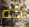
كم